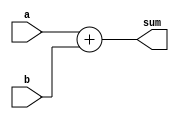
`timescale 1ns / 1ps
//////////////////////////////////////////////////////////////////////////////////
// Company: 
// Engineer: 
// 
// Design Name: 
// Module Name: add_4_bit
// Project Name: 
// Target Devices: 
// Tool Versions: 
// Description: 
// 
// Dependencies: 
// 
// Revision:
// Revision 0.01 - File Created
// Additional Comments:
// 
//////////////////////////////////////////////////////////////////////////////////


module add_4_bit(a,b,sum);

    input[3:0] a,b;
    output[3:0]sum;
    
    assign sum = a + b;
    
endmodule